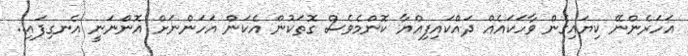
އަހަރެންނޭ ކިޔައިގެން ވާހަކައެއް ދައްކައިފިއްޔާ ކޮންމެވެސް ގޮތަކުން އެކަން އަހަންނަށް އޮންނަނީ އެނގިފައި..